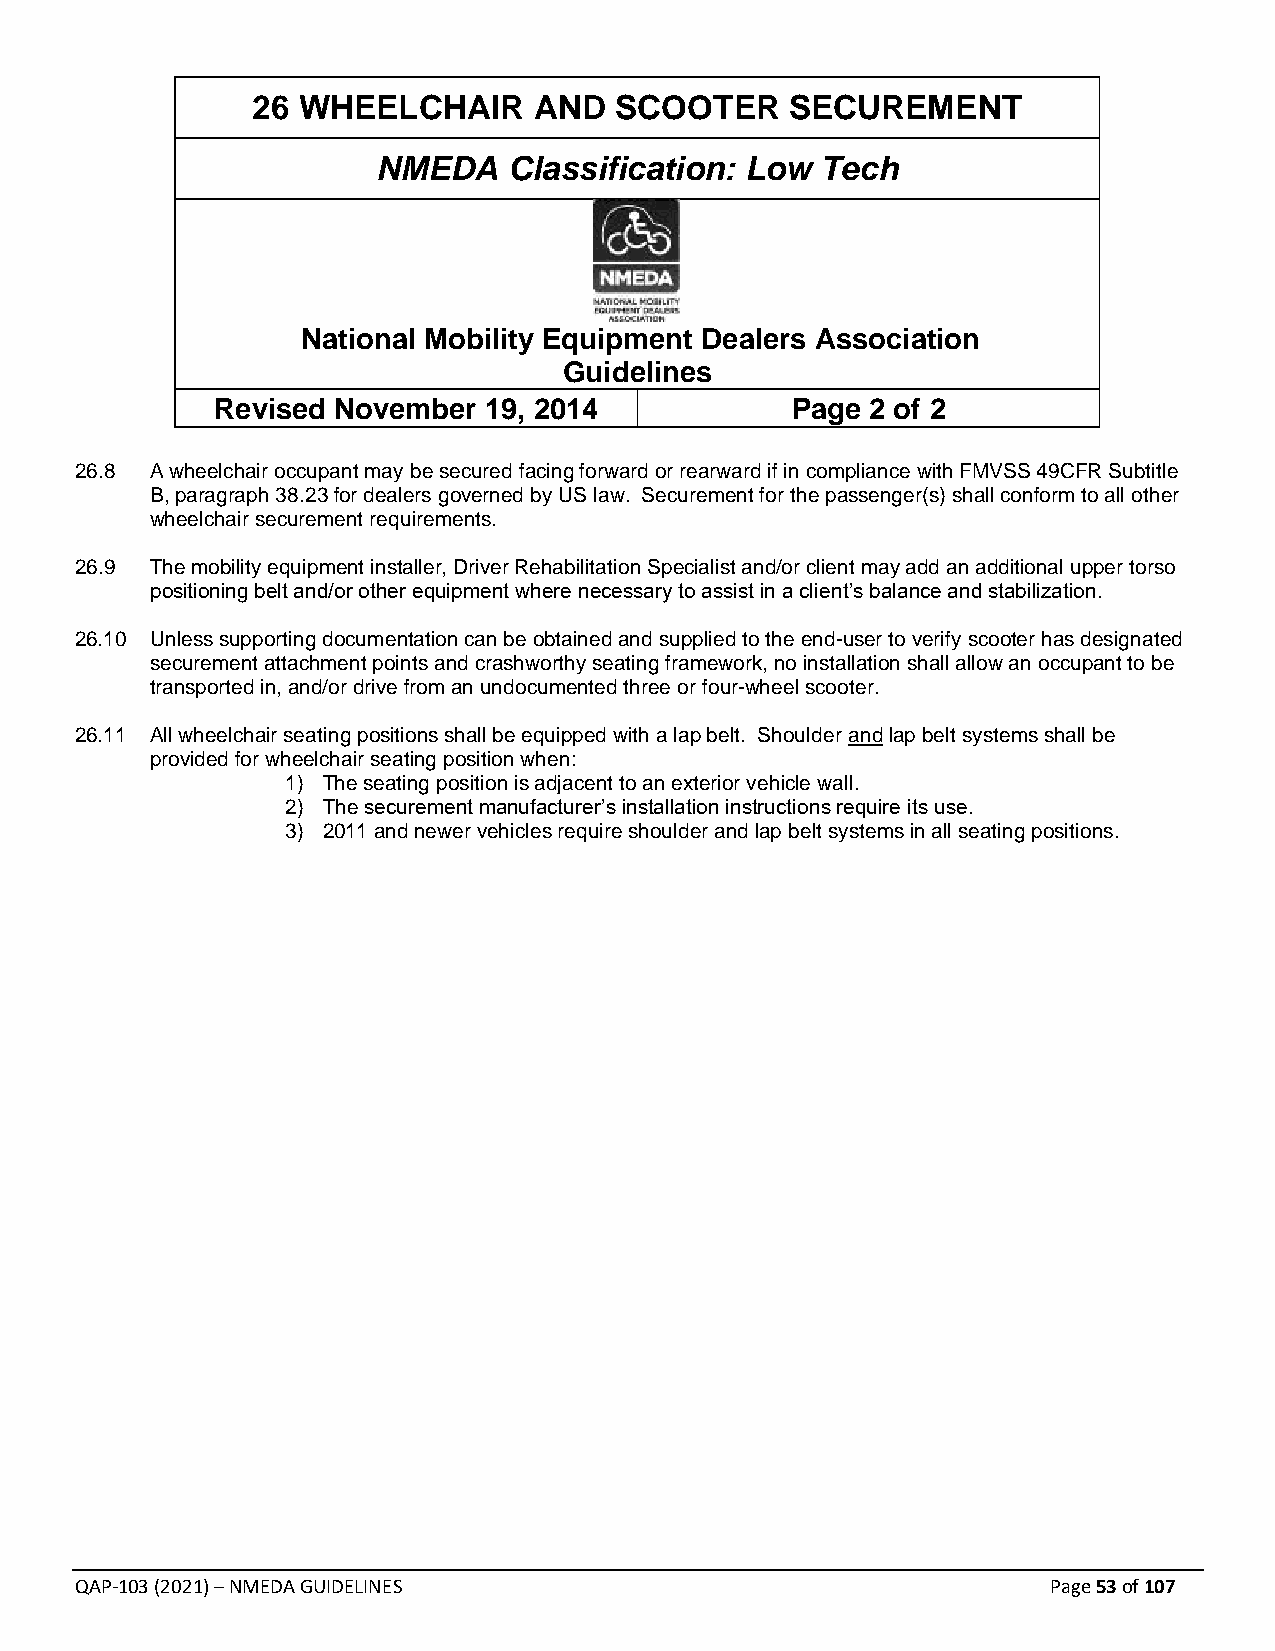
26 WHEELCHAIR     AND   SCOOTER    SECUREMENT
 NMEDA    Classification: Low Tech
 National Mobility Equipment Dealers Association
 Guidelines
 Revised November  19, 2014            Page  2 of 2
 26.8 A wheelchair occupant may be secured facing forward or rearward if in compliance with FMVSS 49CFR Subtitle
 B, paragraph 38.23 for dealers governed by US law. Securement for the passenger(s) shall conform to all other
 wheelchair securement requirements.
 26.9 The mobility equipment installer, Driver Rehabilitation Specialist and/or client may add an additional upper torso
 positioning belt and/or other equipment where necessary to assist in a client’s balance and stabilization.
 26.10 Unless supporting documentation can be obtained and supplied to the end-user to verify scooter has designated
 securement attachment points and crashworthy seating framework, no installation shall allow an occupant to be
 transported in, and/or drive from an undocumented three or four-wheel scooter.
 26.11 All wheelchair seating positions shall be equipped with a lap belt. Shoulder and lap belt systems shall be
 provided for wheelchair seating position when:
 1) The seating position is adjacent to an exterior vehicle wall.
 2) The securement manufacturer’s installation instructions require its use.
 3) 2011 and newer vehicles require shoulder and lap belt systems in all seating positions.
 QAP-103 (2021) – NMEDA GUIDELINES                                Page 53 of 107